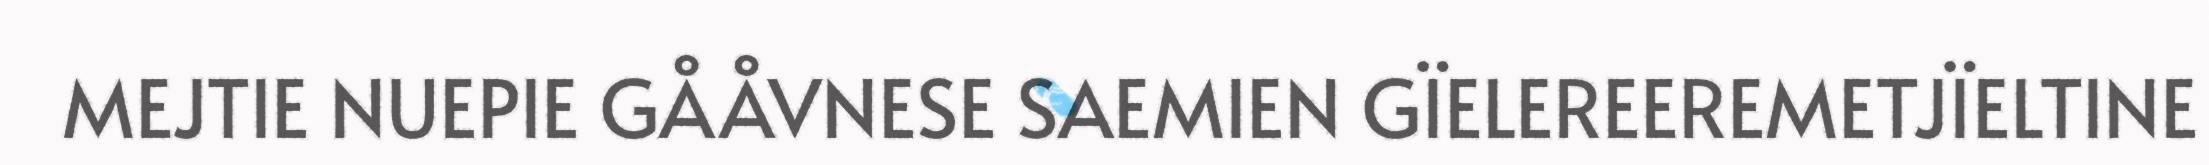
MEJTIE NUEPIE GÅÅVNESE SAEMIEN GÏELEREEREMETJÏELTINE